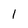
Character: I